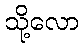
သို့လော